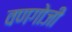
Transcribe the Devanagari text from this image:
वणगोजी